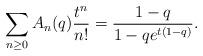
LaTeX: \begin{align*}\sum_{n\geq 0}A_n(q)\frac{t^n}{n!}=\frac{1-q}{1-qe^{t(1-q)}}.\end{align*}